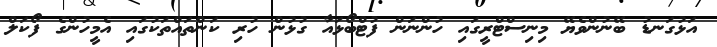
އަޅުގަނޑު ބޭނުންވެޔޭ މިނިސްޓްރީގައި ހުންނަން ފުޓްބޯޅައާ ގުޅުން ހުރި ކަންތައްތަކުގައި އެމީހުންގެ ފޯކަލް